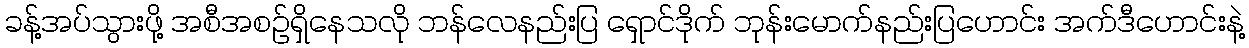
ခန့်အပ်သွားဖို့ အစီအစဉ်ရှိနေသလို ဘန်လေနည်းပြ ရှောင်ဒိုက် ဘုန်းမောက်နည်းပြဟောင်း အက်ဒီဟောင်းနဲ့